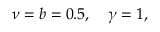
\nu = b = 0 . 5 , \quad \gamma = 1 ,